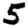
Digit: 5